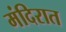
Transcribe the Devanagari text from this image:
मंदिरात